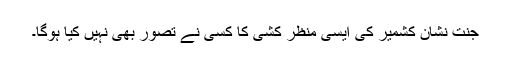
جنت نشان کشمیر کی ایسی منظر کشی کا کسی نے تصور بھی نہیں کیا ہوگا۔